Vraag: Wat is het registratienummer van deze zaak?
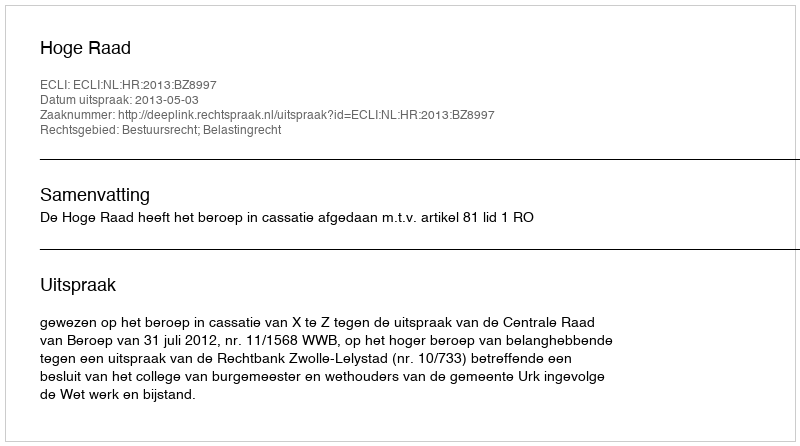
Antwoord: http://deeplink.rechtspraak.nl/uitspraak?id=ECLI:NL:HR:2013:BZ8997